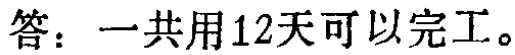
答：一共用12天可以完工。